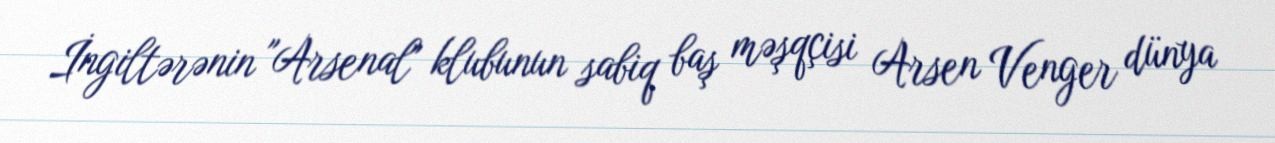
İngiltərənin "Arsenal" klubunun sabiq baş məşqçisi Arsen Venger dünya